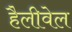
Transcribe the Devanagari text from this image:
हैलीवेल